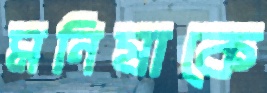
মনিষাকে